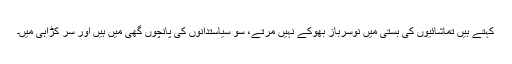
کہتے ہیں تماشائیوں کی بستی میں نوسرباز بھوکے نہیں مرتے، سو سیاستدانوں کی پانچوں گھی میں ہیں اور سر کڑاہی میں۔